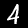
Digit: 4